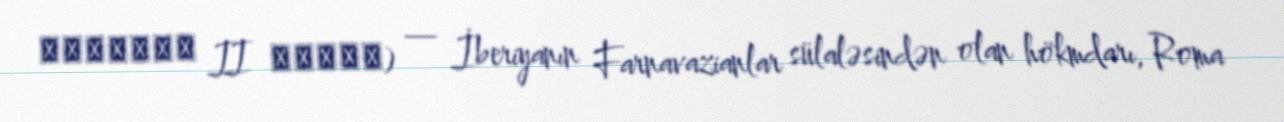
ფარსმან II ქველი) — İberiyanın Farnavazianlar sülaləsindən olan hökmdarı, Roma